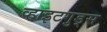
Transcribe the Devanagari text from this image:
व्हाइटगुड्स